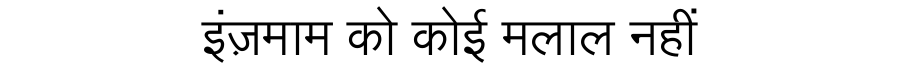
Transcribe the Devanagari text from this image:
इंज़माम को कोई मलाल नहीं